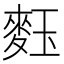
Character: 𪌞